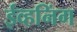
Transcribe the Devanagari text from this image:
ईव्हनिंग